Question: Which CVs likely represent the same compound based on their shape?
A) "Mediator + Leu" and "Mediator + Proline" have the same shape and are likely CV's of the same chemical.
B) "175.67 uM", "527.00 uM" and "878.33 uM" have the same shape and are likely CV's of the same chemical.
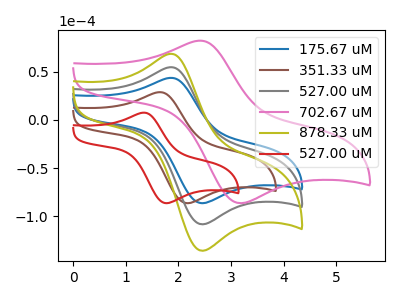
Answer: <think>The blue curve "175.67 uM" has an anodic peak at (1.85V, 43.60uA) and a cathodic peak at (2.50V, -86.20uA). The brown curve "351.33 uM" has an anodic peak at (1.65V, 28.75uA) and a cathodic peak at (2.20V, -86.25uA). The gray curve "527.00 uM" has an anodic peak at (1.85V, 54.65uA) and a cathodic peak at (2.50V, -108.10uA). The pink curve "702.67 uM" has an anodic peak at (2.45V, 82.15uA) and a cathodic peak at (3.25V, -86.20uA). The olive curve "878.33 uM" has an anodic peak at (1.85V, 109.30uA) and a cathodic peak at (2.50V, -216.20uA). The red curve "527.00 uM" has an anodic peak at (1.35V, 7.55uA) and a cathodic peak at (1.80V, -86.25uA).
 "175.67 uM" and "351.33 uM" have at least one peak that do not match. All the peaks in "175.67 uM" have a peak in "527.00 uM" at the same potential. Every peak in "175.67 uM" is lower than every peak in "527.00 uM". "175.67 uM" and "702.67 uM" have at least one peak that do not match. All the peaks in "175.67 uM" have a peak in "878.33 uM" at the same potential. Every peak in "175.67 uM" is lower than every peak in "878.33 uM". "175.67 uM" and "527.00 uM" have at least one peak that do not match. "351.33 uM" and "527.00 uM" have at least one peak that do not match. "351.33 uM" and "702.67 uM" have at least one peak that do not match. "351.33 uM" and "878.33 uM" have at least one peak that do not match. "351.33 uM" and "527.00 uM" have at least one peak that do not match. "527.00 uM" and "702.67 uM" have at least one peak that do not match. All the peaks in "527.00 uM" have a peak in "878.33 uM" at the same potential. Every peak in "527.00 uM" is lower than every peak in "878.33 uM". "527.00 uM" and "527.00 uM" have at least one peak that do not match. "702.67 uM" and "878.33 uM" have at least one peak that do not match. "702.67 uM" and "527.00 uM" have at least one peak that do not match. "878.33 uM" and "527.00 uM" have at least one peak that do not match.</think>
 <answer>B) "175.67 uM", "527.00 uM" and "878.33 uM" have the same shape and are likely CV's of the same chemical.</answer>
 <eval>B</eval>